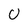
Character: 0